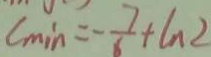
C _ { \min } = - \frac { 7 } { 6 } + \ln 2